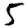
Digit: 5